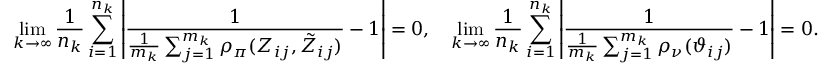
\operatorname* { l i m } _ { k \rightarrow \infty } \frac { 1 } { n _ { k } } \sum _ { i = 1 } ^ { n _ { k } } \left| \frac { 1 } { \frac { 1 } { m _ { k } } \sum _ { j = 1 } ^ { m _ { k } } \rho _ { \pi } ( Z _ { i j } , \tilde { Z } _ { i j } ) } - 1 \right| = 0 , \quad \operatorname* { l i m } _ { k \rightarrow \infty } \frac { 1 } { n _ { k } } \sum _ { i = 1 } ^ { n _ { k } } \left| \frac { 1 } { \frac { 1 } { m _ { k } } \sum _ { j = 1 } ^ { m _ { k } } \rho _ { \nu } ( \vartheta _ { i j } ) } - 1 \right| = 0 .